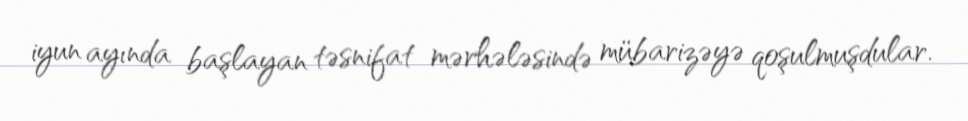
iyun ayında başlayan təsnifat mərhələsində mübarizəyə qoşulmuşdular.